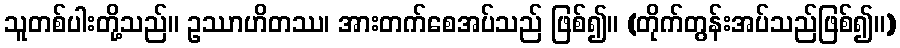
သူတစ်ပါးတို့သည်။ ဥဿာဟိတဿ၊ အားတက်စေအပ်သည် ဖြစ်၍။ (တိုက်တွန်းအပ်သည်ဖြစ်၍။)